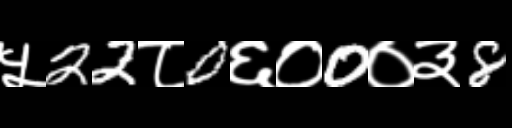
Text: ५22८0६०0०३8